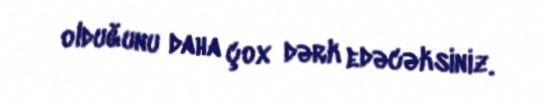
olduğunu daha çox dərk edəcəksiniz.